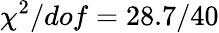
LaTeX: \chi^{2}/dof=28.7/40